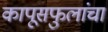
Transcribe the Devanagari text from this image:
कापूसफुलांचा